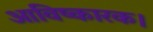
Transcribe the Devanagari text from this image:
आविष्कारक।